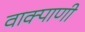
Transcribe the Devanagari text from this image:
वाक्पाणी